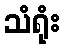
သံရုံး